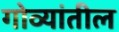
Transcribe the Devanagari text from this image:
गोव्यांतील